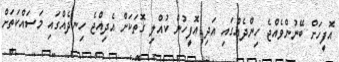
އޮފީހަށް ބޭނުންވެއްޖެ ހިންދެއްގައި އަދި އޮފީހުން ކުއްލި ގޮތަކަށް އެދިއްޖެ ހިނދެއްގައި މަސައްކަތަށް